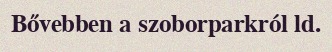
Bővebben a szoborparkról ld.